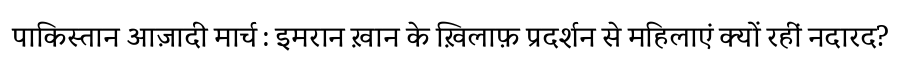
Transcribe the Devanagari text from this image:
पाकिस्तान आज़ादी मार्च : इमरान ख़ान के ख़िलाफ़ प्रदर्शन से महिलाएं क्यों रहीं नदारद?